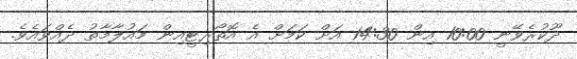
ދޫކުރެވޭނީ 10:00 އިން 14:30 އަށް ކަމަށް އެ އޮތޯރިޓީއިން މައުލާމާތު ދެއްވައެވެ.